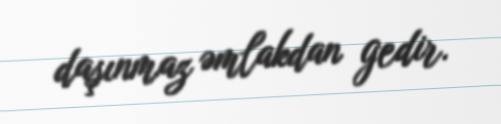
daşınmaz əmlakdan gedir.